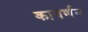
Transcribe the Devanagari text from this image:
कावर्णन